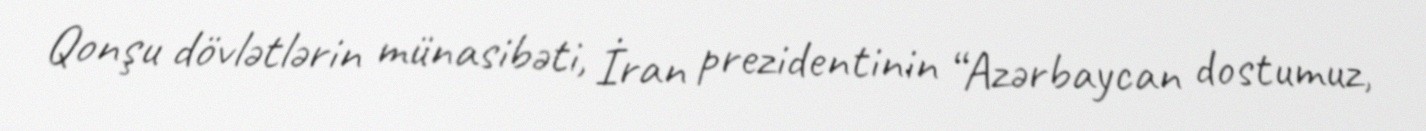
Qonşu dövlətlərin münasibəti, İran prezidentinin “Azərbaycan dostumuz,